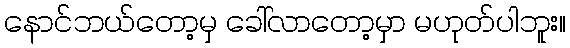
နောင်ဘယ်တော့မှ ခေါ်လာတော့မှာ မဟုတ်ပါဘူး။